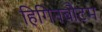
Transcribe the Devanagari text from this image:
हिगिनबौटम